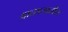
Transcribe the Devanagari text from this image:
आतडयातील